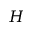
H